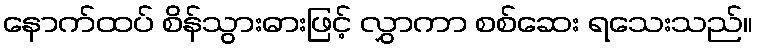
နောက်ထပ် စိန်သွားဓားဖြင့် လွှာကာ စစ်ဆေး ရသေးသည်။